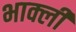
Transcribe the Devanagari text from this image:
भाक्ली